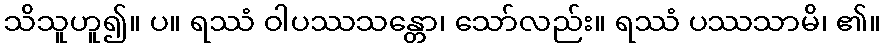
သိသူဟူ၍။ ပ။ ရဿံ ဝါပဿသန္တော၊ သော်လည်း။ ရဿံ ပဿသာမိ၊ ၏။